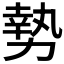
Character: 𫝑